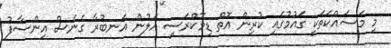
މި މަސައްކަތަކީ ގައުމުގައި ކުރިން އޮތް ޑިމޮކްރަސީ އަލުން އަނބުރާ ގެނެސް އިންސާފު